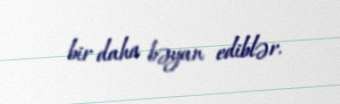
bir daha bəyan ediblər.